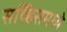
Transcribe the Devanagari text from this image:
सर्व्हिसमध्ये